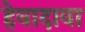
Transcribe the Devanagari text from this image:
हेवादावा